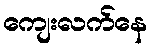
ကျေးလက်နေ